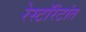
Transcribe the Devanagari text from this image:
रेस्टॉरंटांत